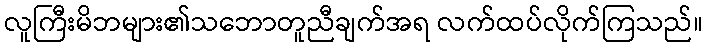
လူကြီးမိဘများ၏သဘောတူညီချက်အရ လက်ထပ်လိုက်ကြသည်။